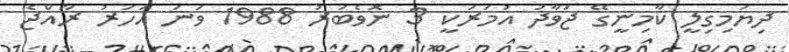
ދިޔަމިގިލީ ކާމިނީގޭ ޖަވާދު އުމަރަކީ 3 ނޮވެބަރު 1988 ވަނަ އަހަރު ރާއްޖެ